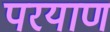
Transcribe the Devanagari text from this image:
परयाण